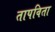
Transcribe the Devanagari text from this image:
तापविता